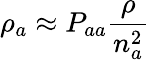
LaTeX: \rho_{a}\approx P_{aa}\frac{\rho}{n_{a}^{2}}